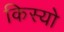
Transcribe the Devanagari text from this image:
किस्यो